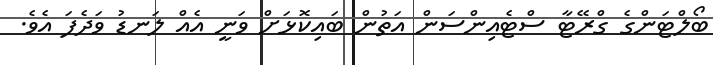
ބޯލްޓަންގެ ގްރޭޓާ ސްޓެއިންސަން އަތުން ބައިކޮޅަށް ވަނީ އެއް ލަނޑު ވަދެފަ އެވެ.